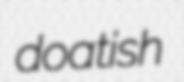
doatish